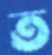
ত